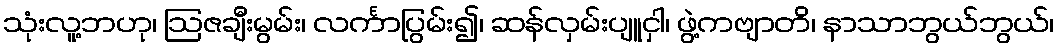
သုံးလူ့ဘဟု၊ ဩဇချီးမွမ်း၊ လင်္ကာပြွမ်း၍၊ ဆန်လှမ်းပျူငှါ၊ ဖွဲ့ကဗျာတိ၊ နာသာဘွယ်ဘွယ်၊